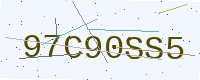
Text: 97C90SS5